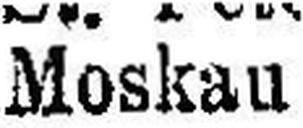
Moskau